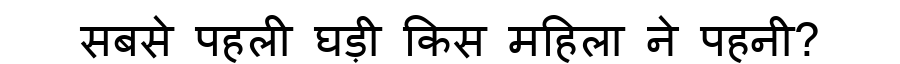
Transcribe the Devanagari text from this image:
सबसे पहली घड़ी किस महिला ने पहनी?